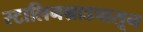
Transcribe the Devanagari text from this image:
स्टालिनग्राडपासून